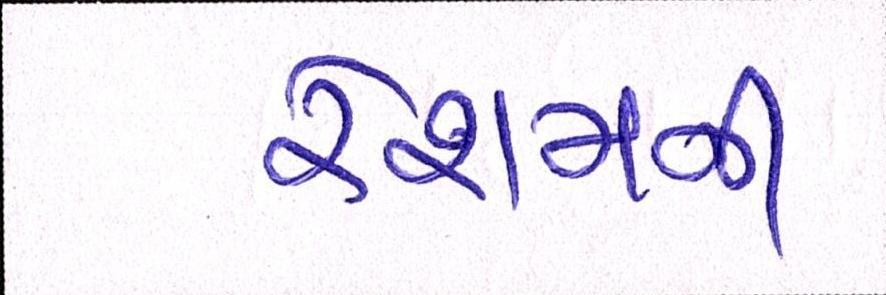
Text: રેશમની